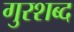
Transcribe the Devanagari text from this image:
गुरशब्द